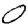
Digit: 0